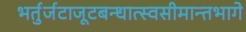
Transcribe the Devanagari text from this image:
भर्तुर्जटाजूटबन्धात्स्वसीमान्तभागे